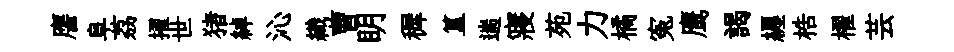
譍阜荔擢世猪綽沁織曹眀穉簋遄寢苑力橘寃鹰謁纒梏櫂芸